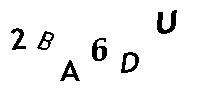
2BA6DU